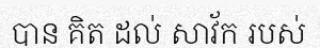
បាន គិត ដល់ សាវ័ក របស់